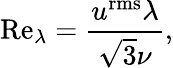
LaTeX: {\mathrm{Re}_{\lambda}}=\frac{{{u}^{\mathrm{{rms}}}}\lambda}{\sqrt{3}\nu},